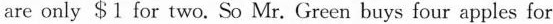
are only $1 for two. So Mr. Green buys four apples for